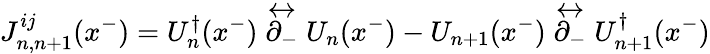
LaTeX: J_{n,n+1}^{ij}(x^{-})=U_{n}^{\dagger}(x^{-})\stackrel{\leftrightarrow}{\partial_{-}}U_{n}(x^{-})-U_{n+1}(x^{-})\stackrel{\leftrightarrow}{\partial_{-}}U_{n+1}^{\dagger}(x^{-})